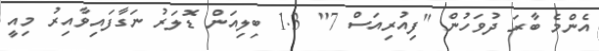
އެންމެ ބާރަ ދުވަހުން "ފިއުރިއަސް 7" 1.3 ބިލިއަން ޑޮލަރު ނަގާފައިވާއިރު މިއީ